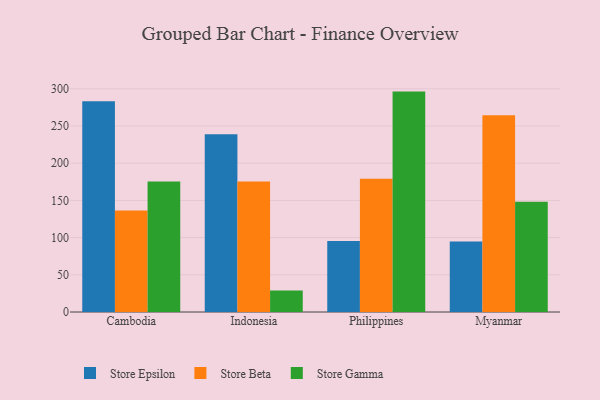
{"axis": {"x": "Country", "y": "Customer Acquisition Cost (USD)"}, "legend": ["Store Beta", "Store Epsilon", "Store Gamma"], "data": [{"x": "Cambodia", "y": 283.3, "type": "Store Epsilon"}, {"x": "Cambodia", "y": 136.5, "type": "Store Beta"}, {"x": "Cambodia", "y": 175.3, "type": "Store Gamma"}, {"x": "Indonesia", "y": 238.8, "type": "Store Epsilon"}, {"x": "Indonesia", "y": 175.5, "type": "Store Beta"}, {"x": "Indonesia", "y": 28.8, "type": "Store Gamma"}, {"x": "Philippines", "y": 95.5, "type": "Store Epsilon"}, {"x": "Philippines", "y": 179.2, "type": "Store Beta"}, {"x": "Philippines", "y": 296.2, "type": "Store Gamma"}, {"x": "Myanmar", "y": 94.7, "type": "Store Epsilon"}, {"x": "Myanmar", "y": 264.3, "type": "Store Beta"}, {"x": "Myanmar", "y": 148.3, "type": "Store Gamma"}]}